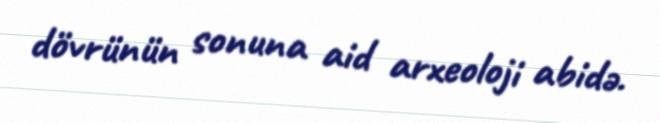
dövrünün sonuna aid arxeoloji abidə.